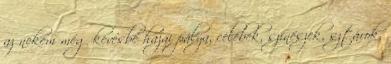
az nekem még kevésbé hazai pálya, celebek, színészek, sztárok,